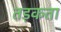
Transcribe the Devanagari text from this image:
तड़कता